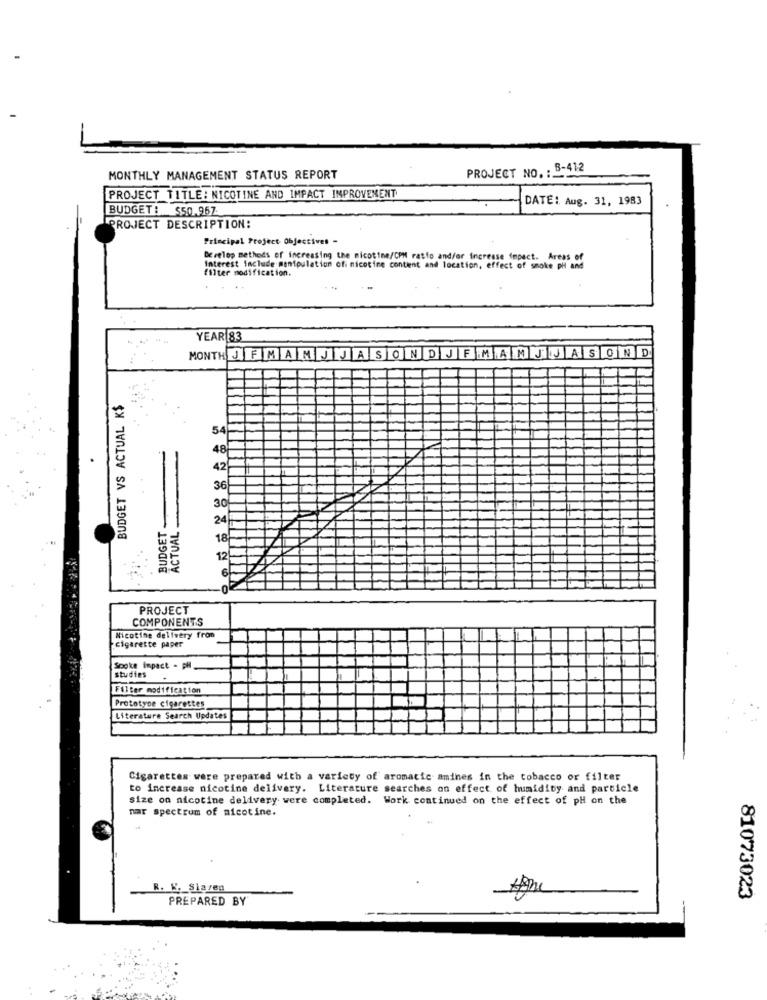
PROJECT NO. : 8-412
MONTHLY MANAGEMENT STATUS REPORT
PROJECT TITLE: NICOTINE AND IMPACT IMPROVEMENT
DATE :. Aug. 31, 1983
BUDGET: $50.967.
PROJECT DESCRIPTION:
Principal Project Objectives -
Develop methods of increasing the nicotine/CPM ratio and/or Increase impact. Areas of
filter modification.
Interest Include manipulation ofi nicotine content and location, effect of smoke pil and
YEAR 83
MONTHJFMAMJJASONDJFMAMJJASOND.
BUDGET VS ACTUAL K$
54
48
42
36
30
ACTUAL
BUDGET
18
PROJECT
COMPONENTS
cigarette paper
Nicotine delivery from
Spoke impact - PH
studies
Filter modification
Prototype cigarettes
Literature Search Updates
Cigarettes were prepared with a variety of aromatic amines in the tobacco or filter
to increase nicotine delivery. Literature searches on effect of humidity and particle
size on nicotine delivery were completed. Work continued on the effect of pH on the
nar spectrum of nicotine.
R. W. Slazen
PREPARED BY
81073023